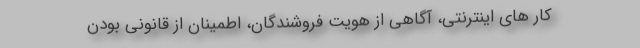
کار های اینترنتی، آگاهی از هویت فروشندگان، اطمینان از قانونی بودن